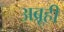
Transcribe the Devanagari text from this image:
अब्रूही